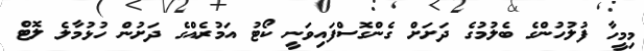
މިމީހާ ފުލުހުންގެ ބެލުމުގެ ދަށަށް ގެންގޮސްފައިވަނީ ކޯޓު އަމުރެއްގެ ދަށުން ހުޅުމާލެ ލޮޓް